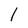
Character: l